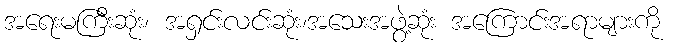
အရေးမကြီးဆုံး၊ အရှင်းလင်းဆုံး၊အသေးအဖွဲ့ဆုံး အကြောင်းအရာများကို